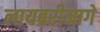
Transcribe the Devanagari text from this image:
लायब्ररीमागे